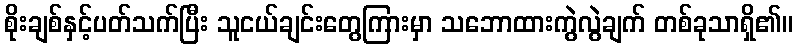
စိုးချစ်နှင့်ပတ်သက်ပြီး သူငယ်ချင်းတွေကြားမှာ သဘောထားကွဲလွဲချက် တစ်ခုသာရှိ၏။